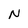
Character: N